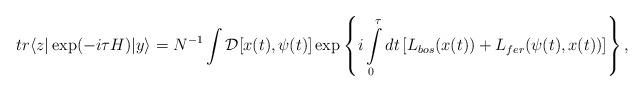
LaTeX: \begin{align*}tr \langle z|\exp(-i\tau H) |y\rangle = N^{-1}\int {\cal D} [x(t), \psi(t)] \exp\left\{ i\int \limits^{\tau}_{0} dt \left[ L_{bos}(x(t)) + L_{fer}(\psi(t),x(t)) \right] \right\},\end{align*}